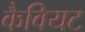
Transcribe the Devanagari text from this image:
कैवियट